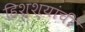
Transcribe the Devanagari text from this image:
हिश्श्यांची